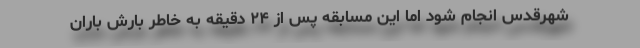
شهرقدس انجام شود اما این مسابقه پس از ۲۴ دقیقه به خاطر بارش باران